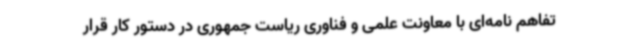
تفاهم نامه‌ای با معاونت علمی و فناوری ریاست جمهوری در دستور کار قرار